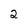
Character: 2